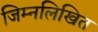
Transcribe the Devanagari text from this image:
जिम्नलिखित